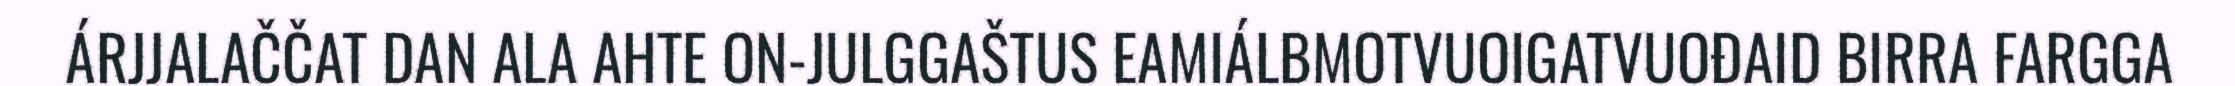
ÁRJJALAČČAT DAN ALA AHTE ON-JULGGAŠTUS EAMIÁLBMOTVUOIGATVUOĐAID BIRRA FARGGA